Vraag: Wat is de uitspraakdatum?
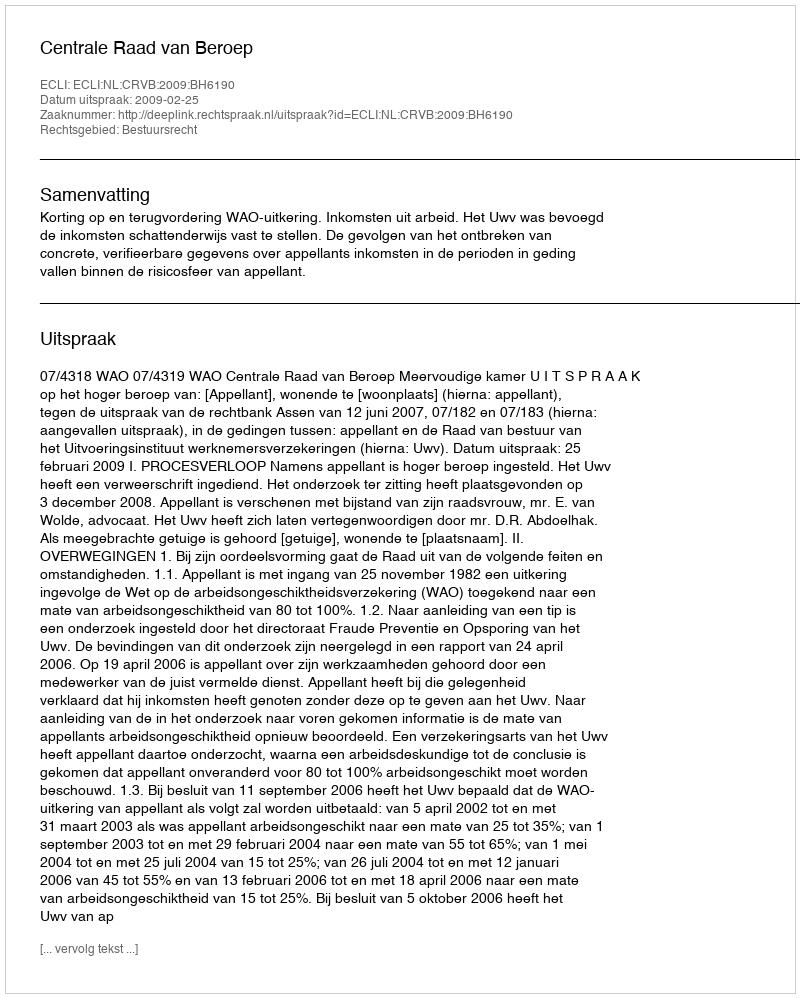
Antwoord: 2009-02-25